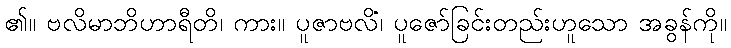
၏။ ဗလိမာဘိဟာရီတိ၊ ကား။ ပူဇာဗလိံ၊ ပူဇော်ခြင်းတည်းဟူသော အခွန်ကို။